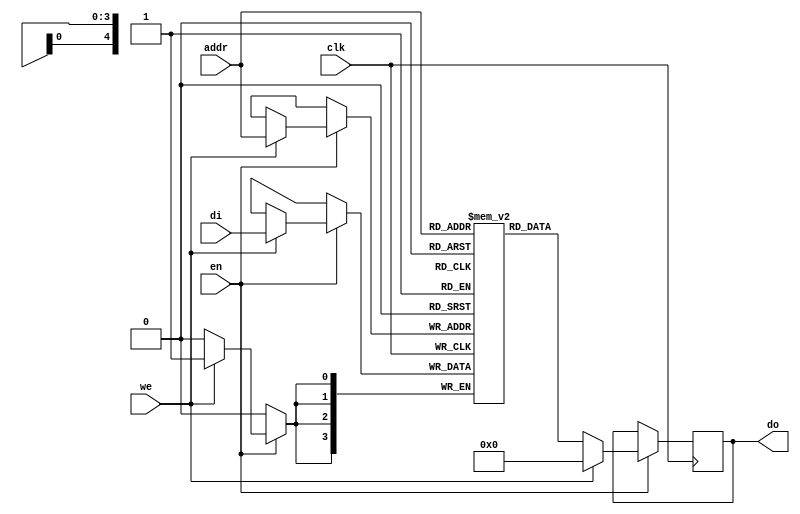
`timescale 1ns / 1ps
module ram_read_mode (clk, en, we, addr, di, do);
	input        clk;
	input        we;
	input        en;
	input  [4:0] addr;
	input  [3:0] di;
	output [3:0] do;
	reg    [3:0] RAM [31:0];
	reg    [3:0] do;
	always @(posedge clk)
	begin
	   if (en) begin
	      if (we)begin
	      do <= 0;
		 RAM[addr] <= di;
                  
end
              else
              do <= RAM[addr];
           
	   end
	end
        endmodule